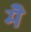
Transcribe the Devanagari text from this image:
मेॆ